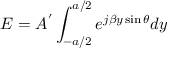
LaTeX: E = A ^ { ' } \int _ { - a / 2 } ^ { a / 2 } e ^ { j \beta y \sin \theta } d y